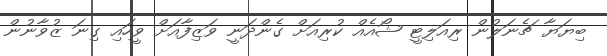
ބިޔަޔާ ޗެނަލުން ރިއަލިޓީ ޝޯއެއް ކުރިއަށް ގެންދަނީ ވަޒިފާއަށް ވީހައި ގިނަ ޒުވާނުން